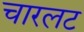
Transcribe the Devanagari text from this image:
चारलट